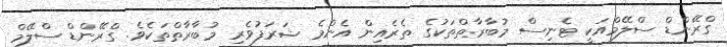
ގްރޭންޑް ސްލޭމްއަކީ ޓެނިސް މުބާރާތްތަކުގެ ތެރެއިން އެންމެ ޝަރަފުވެރި މުބާރާތްތަކެވެ. ގްރޭންޑް ސްލޭމް